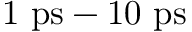
{ 1 \ \mathrm { p s } - 1 0 \ \mathrm { p s } }